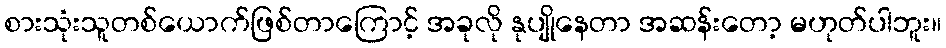
စားသုံးသူတစ်ယောက်ဖြစ်တာကြောင့် အခုလို နုပျိုနေတာ အဆန်းတော့ မဟုတ်ပါဘူး။